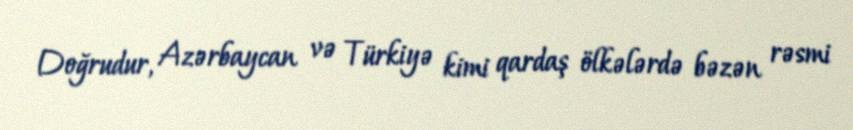
Doğrudur, Azərbaycan və Türkiyə kimi qardaş ölkələrdə bəzən rəsmi